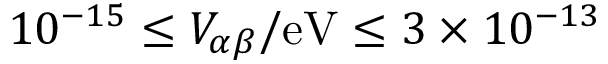
1 0 ^ { - 1 5 } \leq V _ { \alpha \beta } / \mathrm { e V } \leq 3 \times 1 0 ^ { - 1 3 }